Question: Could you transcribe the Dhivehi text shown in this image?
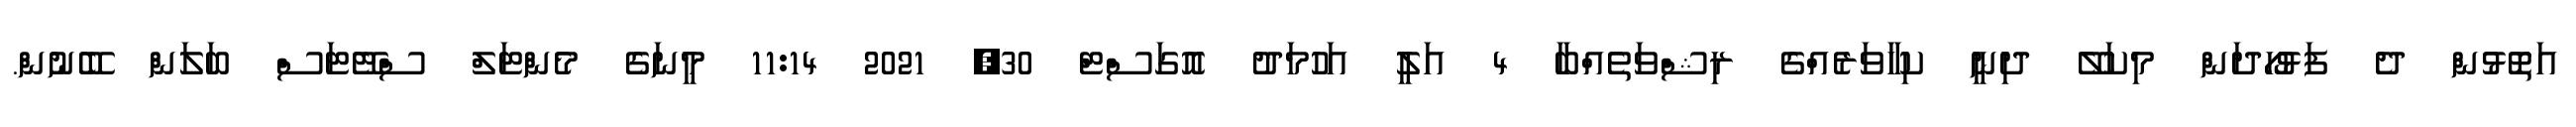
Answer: އަތޮޅުން ދެ ފަޅުހޯދަން މިކަލޭ ދިނީ ކިހާވަރެއްގެ ރިޝްވަތެއްބާ 4 އަލީ އަހުމަދު އޮގަސްޓް 30, 2021 11:14 މީނަގެ މެންޓަލް ސްޓޭޓަސް ބަލަން ބޭނުން.